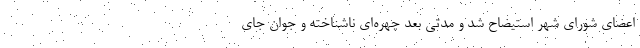
اعضای شورای شهر استیضاح شد و مدتی بعد چهره‌ای ناشناخته و جوان جای